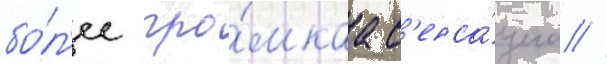
бо́л'ее гро́мкаа с'енса́циа //